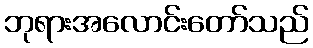
ဘုရားအလောင်းတော်သည်